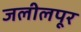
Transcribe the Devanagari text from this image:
जलीलपूर